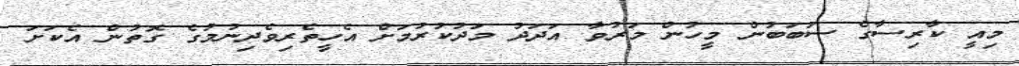
މިއީ ކާރިސާގެ ސަބަބުން މީހުން މަރުވާ އަދަދު މަދުކުރުމަށް އެހީތެރިވެދިނުމުގެ ގޮތުން އެކަށަ